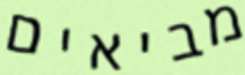
מביאים